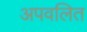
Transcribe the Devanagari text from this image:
अपवलित